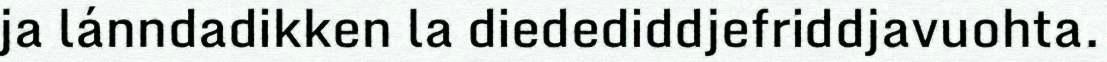
ja lánndadikken la diedediddjefriddjavuohta.